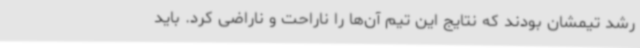
رشد تیمشان بودند که نتایج این تیم آن‌ها را ناراحت و ناراضی کرد. باید